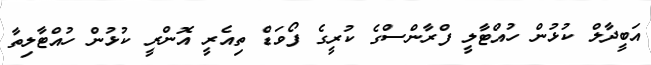
އަބީދާލް ކުޅުން ހުއްޓާލީ ފްރާންސްގެ ކުރީގެ ފޯވަޑް ތިއެރީ އޮންރީ ކުޅުން ހުއްޓާލިތާ